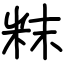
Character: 粖